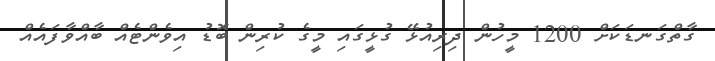
ގާތްގަނޑަކަށް 1200 މީހުން ދިރިއުޅޭ ގުޅީގައި މީގެ ކުރިން ބޮޑު އިވެންޓެއް ބާއްވާފައެއް